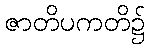
ဇာတိပကတိ၌